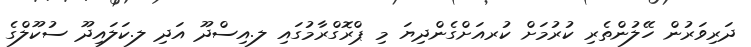
ދަރިވަރުން ހޭލުންތެރި ކުރުމަށް ކުރއަށްގެންދިޔަ މި ޕްރޮގްރާމުގައި ލ.އިސްދޫ އަދި ލ.ކަލައިދޫ ސުކޫލްގެ